Report on vaccination in Madras 1895-1903 - 1895-1903
Year: 1895
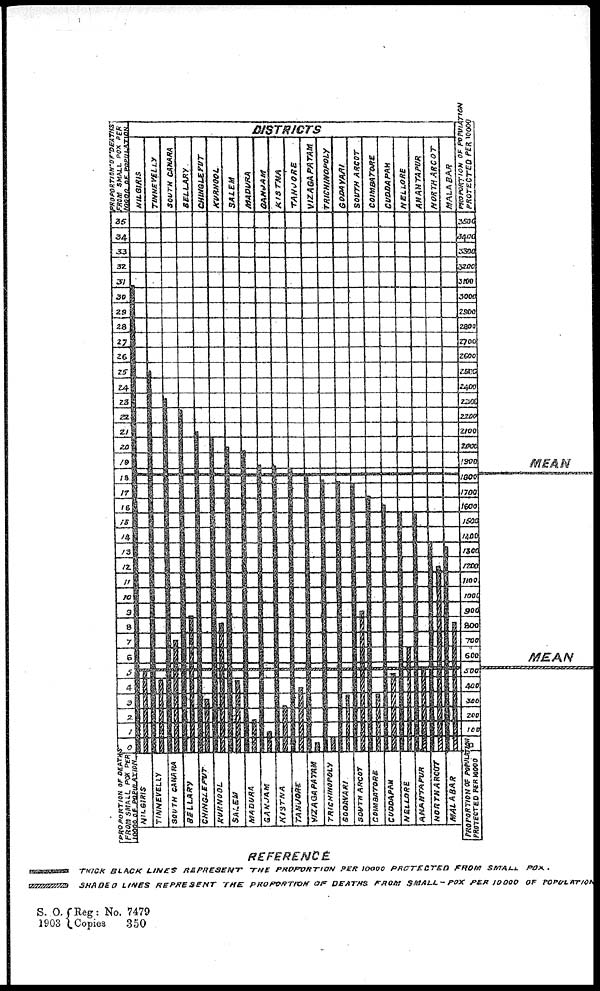
S. O.
1903
Reg: No. 7479
Copies
350